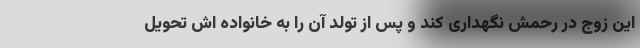
این زوج در رحمش نگهداری کند و پس از تولد آن را به خانواده اش تحویل